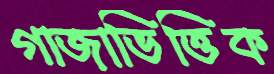
গাজাভিত্তিক